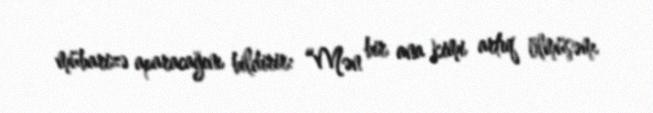
mübarizə aparacağını bildirir: “Mən bir ana kimi artıq ölmüşəm.